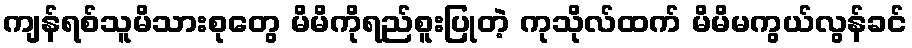
ကျန်ရစ်သူမိသားစုတွေ မိမိကိုရည်စူးပြုတဲ့ ကုသိုလ်ထက် မိမိမကွယ်လွန်ခင်